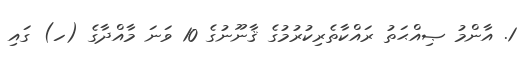
1. އާންމު ޞިއްޙަތު ރައްކާތެރިކުރުމުގެ ޤާނޫނުގެ 10 ވަނަ މާއްދާގެ (ހ) ގައި